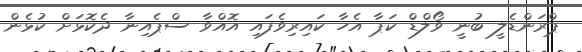
ޕްރަންޑެލީ ބުނީ ވޯލްޑް ކަޕާ އެހާ ކައިރިވެފައި އޮއްވާ ސްޕެއިނާ ދެކޮޅަށް ކުޅެން